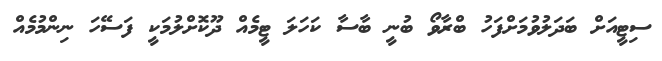
ސިޓީއަށް ބަދަލުވުމަށްފަހު ބްރާވޯ ބުނީ ބާސާ ކަހަލަ ޓީމެއް ދޫކޮށްލުމަކީ ފަސޭހަ ނިންމުމެއް